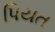
પિયત